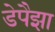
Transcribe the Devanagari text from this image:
डेपैझा